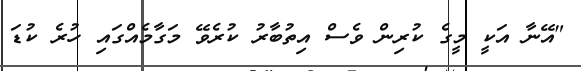
"އޭނާ އަކީ މީގެ ކުރިން ވެސް އިތުބާރު ކުރެވޭ މަގާމެއްގައި ހުރެ ކުޑަ